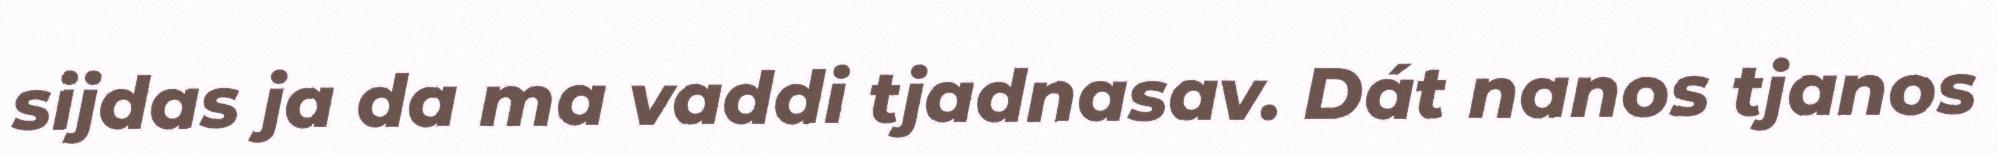
sijdas ja da ma vaddi tjadnasav. Dát nanos tjanos